Lunatic asylums Bombay report 1878-1890 - 1878-1890
Year: 1878
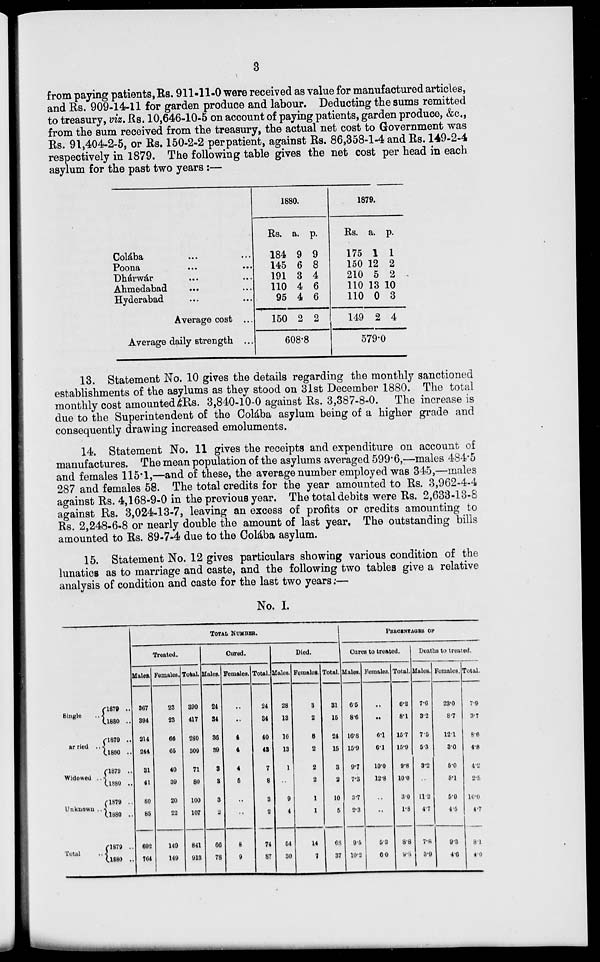
3
from paying patients, Rs. 911-11-0 were received as value for manufactured articles,
and Rs. 909-14-11 for garden produce and labour. Deducting the sums remitted
to treasury, viz. Rs. 10,646-10-5 on account of paying patients, garden produce, &c.,
from the sum received from the treasury, the actual net cost to Government was
Rs. 91,404-2-5, or Rs. 150-2-2 perpatient, against Rs. 86,358-1-4 and Rs. 149-2-4
respectively in 1879. The following table gives the net cost per head in each
asylum for the past two years :—
Colába ... ...
Poona ... ...
Dhárwár ... ...
Ahmedabad ... ...
Hyderabad ... ...
Average cost ...
Average daily strength ...
1880.
Rs.
184
145
191
110
95
150
a.
9
6
3
4
4
2
p.
9
8
4
6
6
2
608.8
1879.
Rs.
175
150
210
110
110
149
a.
1
12
5
13
0
2
p.
1
2
2
10
3
4
579.0
13. Statement No. 10 gives the details regarding the monthly sanctioned
establishments of the asylums as they stood on 31st December 1880. The total
monthly cost amounted Rs. 3,840-10-0 against Rs. 3,387-8-0. The increase is
due to the Superintendent of the Colába asylum being of a higher grade and
consequently drawing increased emoluments.
14. Statement No. 11 gives the receipts and expenditure on account of
manufactures. The mean population of the asylums averaged 599.6,—males 484.5
and females 115.1,—and of these, the average number employed was 345,—males
287 and females 58. The total credits for the year amounted to Rs. 3,962-4-4
against Rs. 4,168-9-0 in the previous year. The total debits were Rs. 2,633-13-8
against Rs. 3,024-13-7, leaving an excess of profits or credits amounting to
Rs. 2,248-6-8 or nearly double the amount of last year. The outstanding bills
amounted to Rs. 89-7-4 due to the Colába asylum.
15. Statement No. 12 gives particulars showing various condition of the
lunatics as to marriage and caste, and the following two tables give a relative
analysis of condition and caste for the last two years :—
No. I.
Single
..
Married ..
Widowed
..
Unknown ..
Total
..
1879 ..
1880 ..
1879 ..
1880 ..
1879 ..
1880 ..
1870 ..
1880 ..
1879 ..
1880 ..
TOTAL NUMBER.
Treated.
Males.
367
394
214
244
31
41
80
85
692
764
Females.
23
23
66
65
40
39
20
22
149
149
Total.
390
417
280
309
71
80
100
107
841
913
Cured.
Males.
24
34
36
39
3
3
3
2
66
78
Females.
..
..
4
4
4
5
..
..
8
9
Total.
24
34
40
43
7
8
3
2
74
87
Died.
Males.
28
13
16
13
1
..
9
4
54
30
Females.
3
2
8
2
2
2
1
1
14
7
Total.
31
15
24
15
3
2
10
5
68
37
PERCENTAGES OF
Cures to treated.
Males.
6.5
8.6
16.8
15.9
9.7
7.3
3.7
2.3
9.5
10.2
Females.
..
..
6.1
6.1
10.0
12.8
..
..
5.3
6.0
Total.
6.2
8.1
15.7
15.9
9.8
10.0
3.0
1.8
8.8
9.5
Deaths to treated.
Males.
7.6
32
7.5
5.3
3.2
..
11.2
4.7
7.8
3.9
Females.
23.0
8.7
12.1
3.0
5.0
5.1
5.0
4.5
9.3
4.6
Total.
7.9
3.7
8.6
4.8
4.2
2.5
10.0
4.7
8.1
4.0